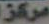
مركز